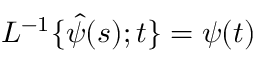
{ \cal { L } } ^ { - 1 } \{ \hat { \psi } ( s ) ; t \} = \psi ( t )